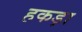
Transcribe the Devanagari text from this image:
हकड़ा